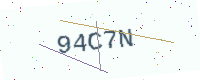
Text: 94C7N